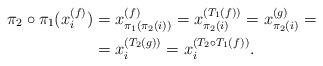
LaTeX: \begin{align*}\pi_{2} \circ \pi_{1}(x^{(f)}_i) &= x^{(f)}_{\pi_{1} ( \pi_2(i))} =x^{(T_1(f))}_{\pi_2(i)} = x^{(g)}_{\pi_2(i)} = \\&= x_i^{(T_2(g))} = x_i^{(T_2 \circ T_1(f))}.\end{align*}